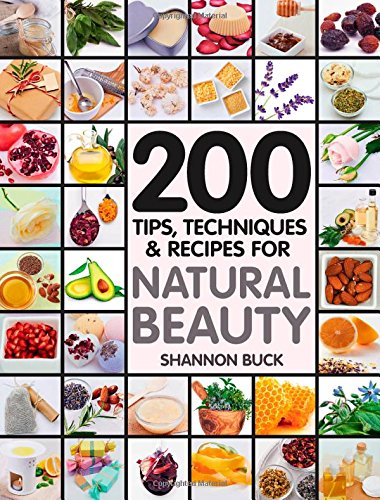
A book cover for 200 Tips, Techniques, and Recipes for Natural Beauty; Shannon Buck; Crafts, Hobbies & Home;